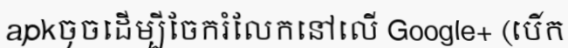
apkចុចដើម្បីចែករំលែកនៅលើ Google+ (បើក